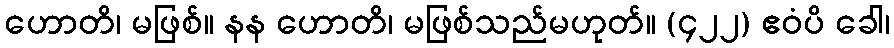
ဟောတိ၊ မဖြစ်။ နန ဟောတိ၊ မဖြစ်သည်မဟုတ်။ (၄၂၂) ဧဝံပိ ခေါ၊